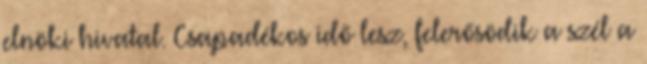
elnöki hivatal. Csapadékos idő lesz, felerősödik a szél a